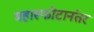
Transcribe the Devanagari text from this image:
महास्फोटानंतर